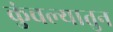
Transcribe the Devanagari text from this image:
कुंचल्यातुन